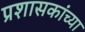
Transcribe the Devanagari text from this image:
प्रशासकांच्या